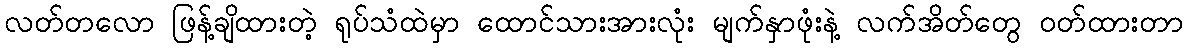
လတ်တလော ဖြန့်ချိထားတဲ့ ရုပ်သံထဲမှာ ထောင်သားအားလုံး မျက်နှာဖုံးနဲ့ လက်အိတ်တွေ ဝတ်ထားတာ